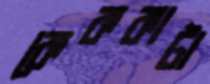
কেককাটা